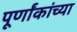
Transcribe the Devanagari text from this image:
पूर्णांकांच्या